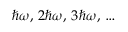
\hbar \omega , \, 2 \hbar \omega , \, 3 \hbar \omega , \, \ldots